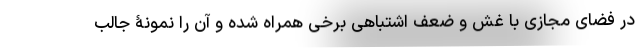
در فضای مجازی با غش و ضعف اشتباهی برخی همراه شده و آن را نمونۀ جالب